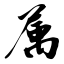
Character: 属